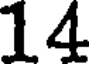
14